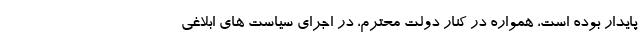
پایدار بوده است، همواره در کنار دولت محترم، در اجرای سیاست های ابلاغی